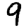
Digit: 9